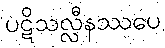
ပဋိသလ္လီနဿပေ